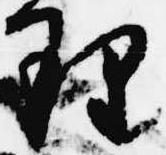
理